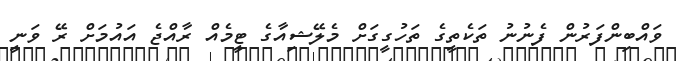
ވައްބިންފަރުން ފެނުނު ތަކެތީގެ ތަހުގީގަށް މެލޭޝިއާގެ ޓީމެއް ރާއްޖެ އައުމަށް ރޭ ވަނީ